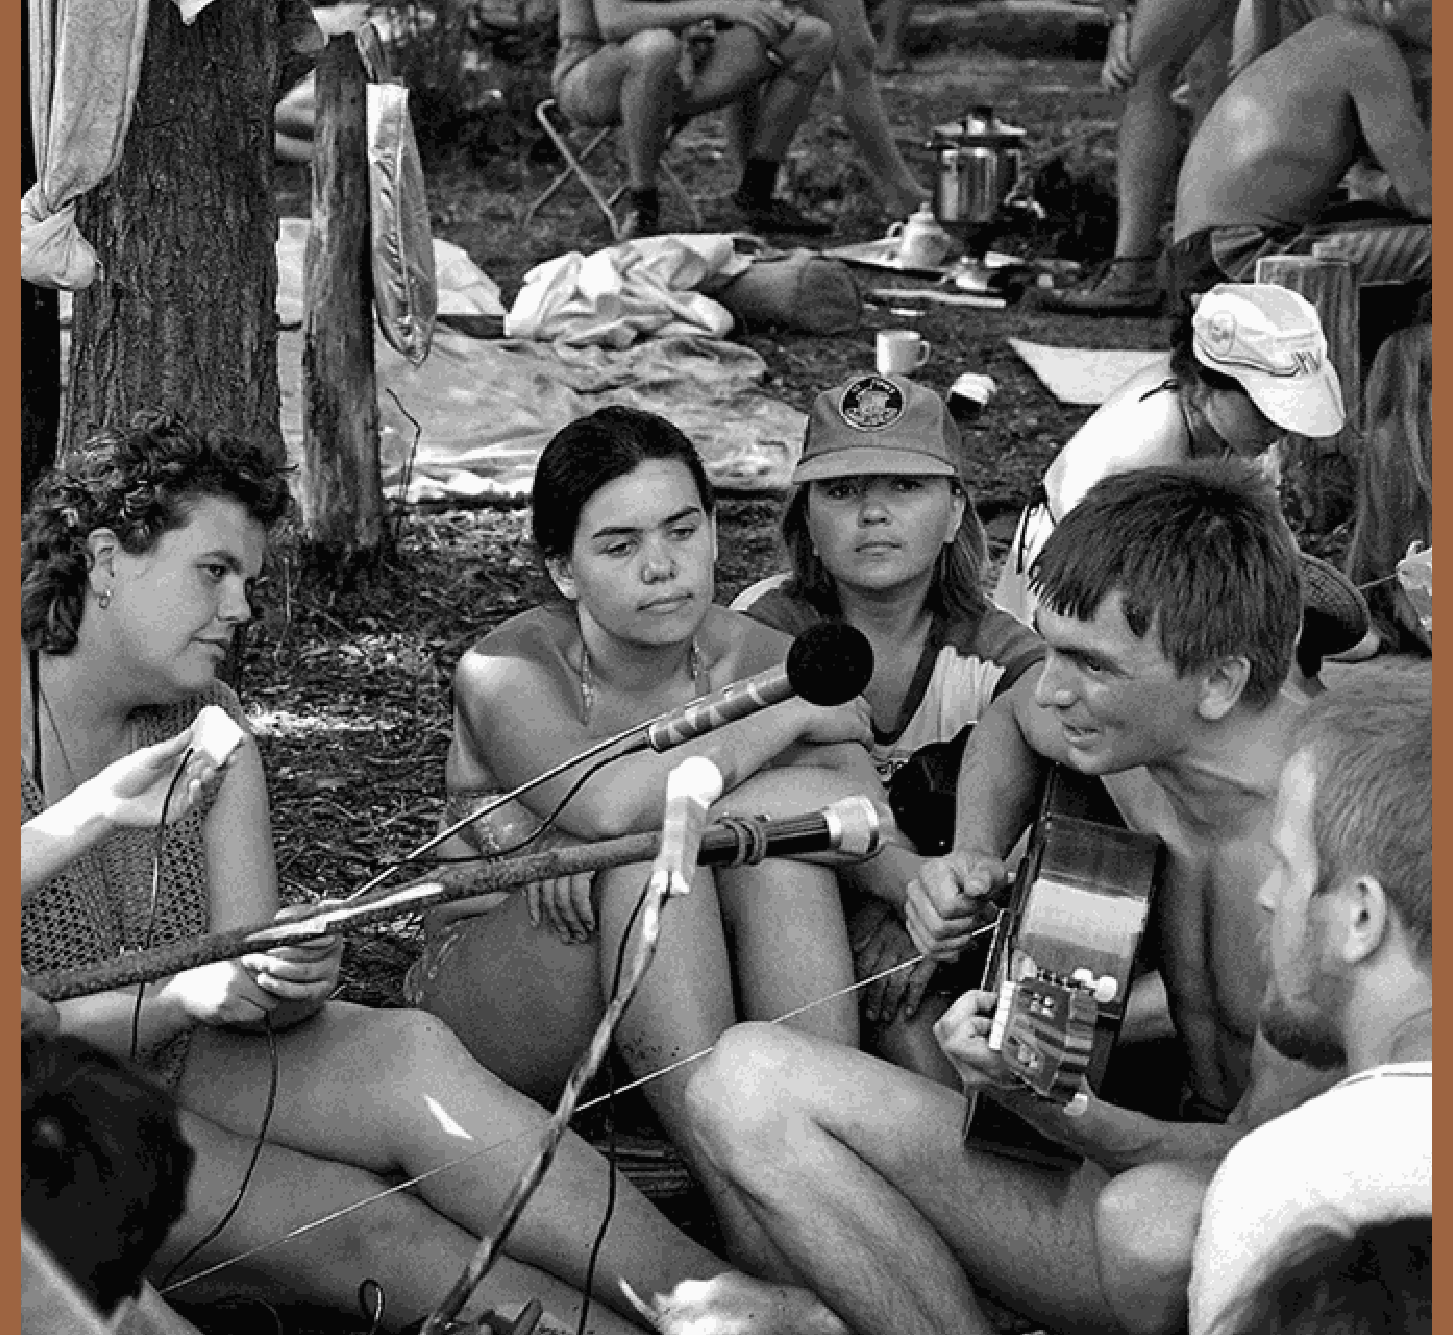
630                                                                                     631